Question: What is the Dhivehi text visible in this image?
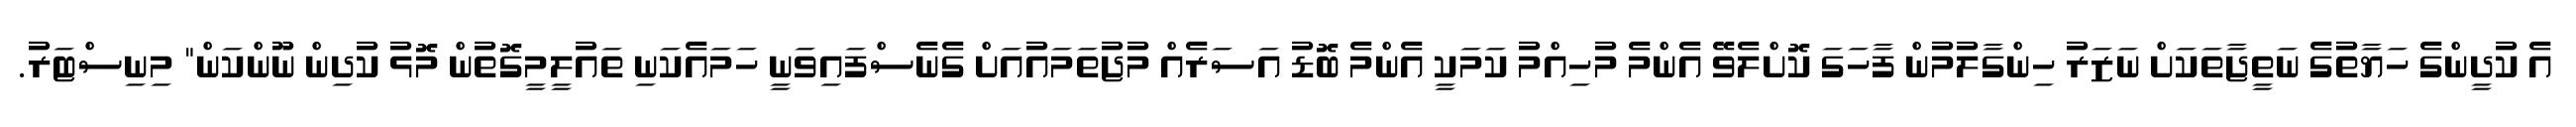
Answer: އެ ކުދީންގެ ހަޔާތުގެ ނަތީޖާތަކަށް ނަޒަރު ހިންގާލުމުން ފާހަގަ ކޮށްލެވޭ އެންމެ މުހިއްމު ކަމަކީ އެންމެ ބޮޑު އަސަރެއް މުޖުތަމައުއަށް ގެނެސްފައިވަނީ ހަމައެކަނި ތައުލީމީގޮތުން މޮޅު ކުދިން ނޫންކަން" މިނިސްޓަރު.